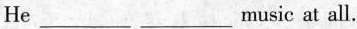
He ___ ___ music at all.